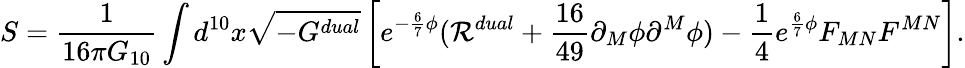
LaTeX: S={\frac{1}{16\pi G_{10}}}\int d^{10}x\sqrt{-G^{dual}}\left[e^{-{\frac{6}{7}}\phi}({\cal R}^{dual}+{\frac{16}{49}}\partial_{M}\phi\partial^{M}\phi)-{\frac{1}{4}}e^{{\frac{6}{7}}\phi}F_{MN}F^{MN}\right].